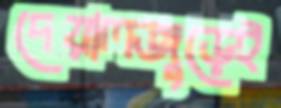
দেয়ালজুড়েই